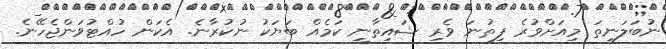
ނުބަލަނީތަ މިއަށްވުރެ ފިތުނަ ވެރި ޝައިތާނީ ކަމެއް ބަޔަކު ނުކުރާނެ. އެކަން ހުއްޓުވަންޖެހޭނެ.